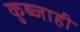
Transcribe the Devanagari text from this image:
कुब्जाही